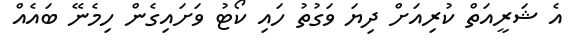
އެ ޝަރީއަތް ކުރިއަށް ދިޔަ ވަގުތު ހައި ކޯޓު ވަށައިގެން ހިމެނޭ ބައެއް